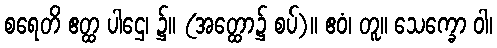
စရေတိ ဧတ္ထ ပါဌေ၊ ၌။ (အတ္ထော၌ စပ်)။ ဧဝံ၊ တူ။ သေက္ခော ဝါ၊